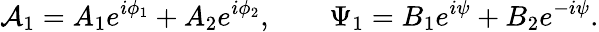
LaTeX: {\cal A}_{1}=A_{1}e^{i\phi_{1}}+A_{2}e^{i\phi_{2}},\qquad\Psi_{1}=B_{1}e^{i\psi}+B_{2}e^{-i\psi}.